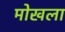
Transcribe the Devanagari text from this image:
मोखला